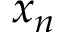
x _ { n }